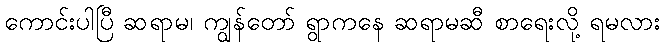
ကောင်းပါပြီ ဆရာမ၊ ကျွန်တော် ရွာကနေ ဆရာမဆီ စာရေးလို့ ရမလား